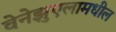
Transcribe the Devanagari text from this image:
वेनेझुएलामधील